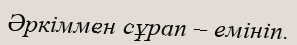
Әркіммен сұрап – емініп.